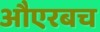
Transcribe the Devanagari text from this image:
औएरबच